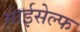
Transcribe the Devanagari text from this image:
माईसेल्फ